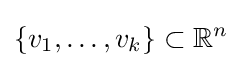
\{v_{1},\ldots ,v_{k}\}\subset \mathbb {R} ^{n}